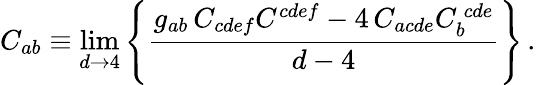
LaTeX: C_{ab}\equiv\operatorname*{lim}_{d\rightarrow 4}\left\{ {\frac{g_{ab}\, C_{cdef}C^{cdef}-4\, C_{acde}C_{b}^{\ cde}}{d-4}}\right\} \, .